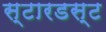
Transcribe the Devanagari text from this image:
स्‍टारडस्‍ट